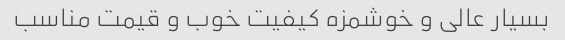
بسیار عالی و خوشمزه کیفیت خوب و قیمت مناسب